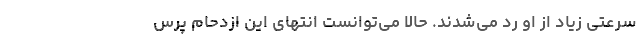
سرعتی زیاد از او رد می‌شدند. حالا می‌توانست انتهای این ازدحام پرس